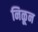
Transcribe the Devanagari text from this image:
निळून